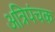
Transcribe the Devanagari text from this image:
अत्रिपंचक